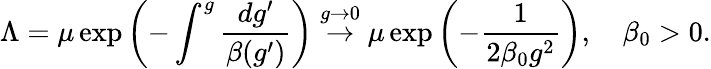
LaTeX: \Lambda=\mu\exp\left(-\int^{g}\frac{dg^{\prime}}{\beta(g^{\prime})}\right)\stackrel{g\to 0}{\rightarrow}\mu\exp\left(-\frac 1{2\beta_{0}g^{2}}\right),\quad\beta_{0}>0.